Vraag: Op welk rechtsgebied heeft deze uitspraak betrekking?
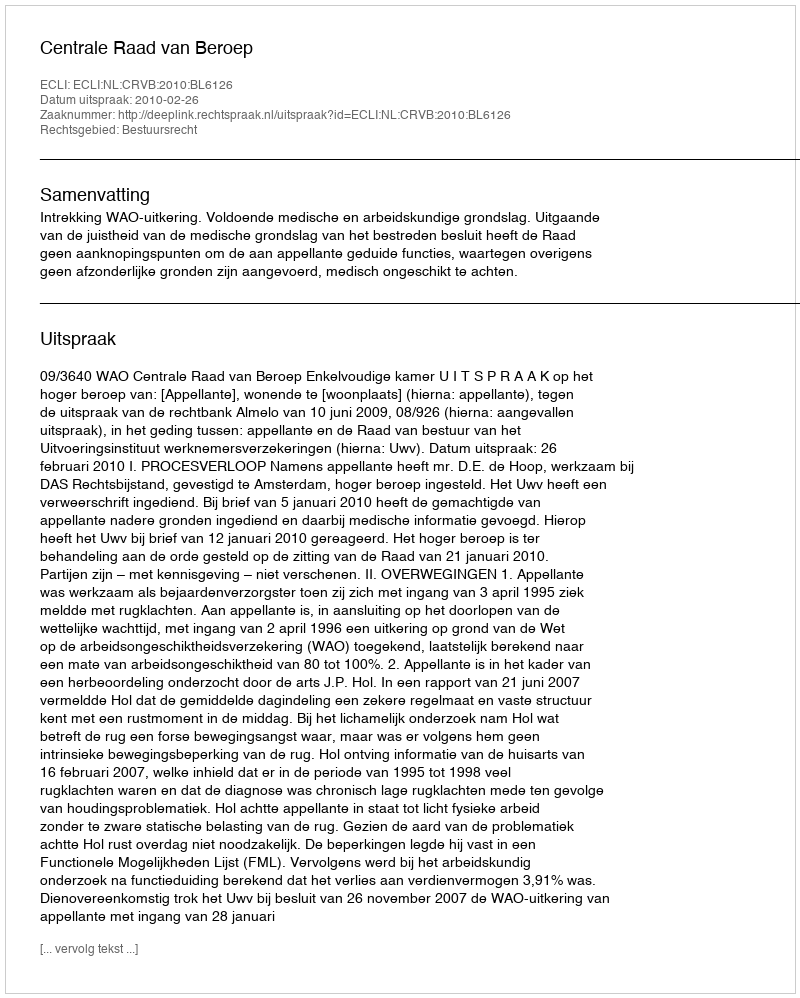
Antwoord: Bestuursrecht